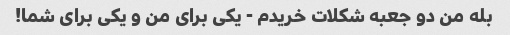
بله من دو جعبه شکلات خریدم - یکی برای من و یکی برای شما!